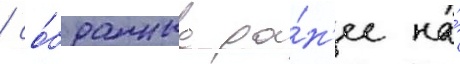
/ со́бранные ра́н'ее на́